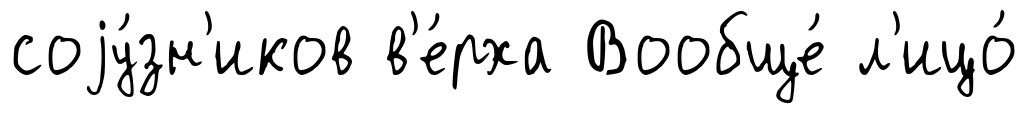
соjу́зн'иков в'е́рха Вообще́ л'ицо́